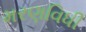
મરણવિધી